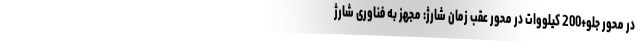
در محور جلو+200 کیلووات در محور عقب زمان شارژ: مجهز به فناوری شارژ